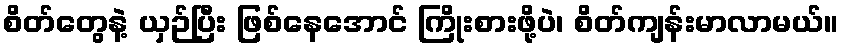
စိတ်တွေနဲ့ ယှဉ်ပြီး ဖြစ်နေအောင် ကြိုးစားဖို့ပဲ၊ စိတ်ကျန်းမာလာမယ်။